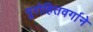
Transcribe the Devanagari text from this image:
पुरोहितवर्गाने